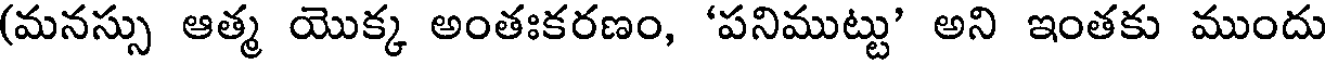
(మనస్సు ఆత్మ యొక్క అంతఃకరణం, 'పనిముట్టు' అని ఇంతకు ముందు